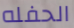
الحفله